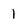
Character: 1